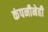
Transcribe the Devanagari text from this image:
कंपनीनेही